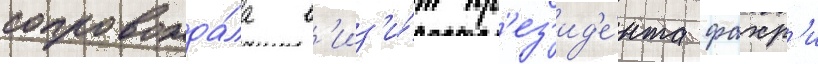
сопровожда́ла в'из'и́т пр'ез'ид'е́нта фахр'и